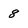
Character: 8